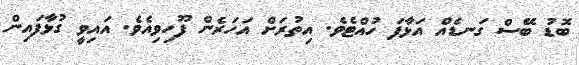
ބޮޑު ބޭސް ގަނޑެއް އަޅާފަ ހުއްޓެވެ. އިތުރަށް އަހަރެން ފޫހިވިއެވެ. އައިވީ ގުޅާފައިން